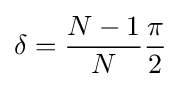
\delta ={\frac {N-1}{N}}{\frac {\pi }{2}}